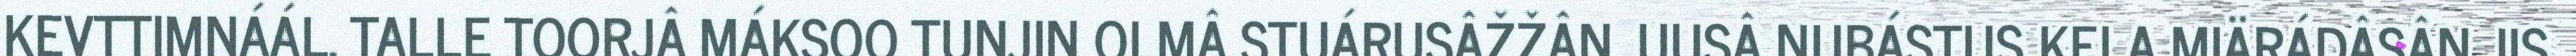
KEVTTIMNÁÁL. TALLE TOORJÂ MÁKSOO TUNJIN OLMÂ STUÁRUSÂŽŽÂN. UUSÂ NUBÁSTUS KELA MIÄRÁDÂSÂN JIS